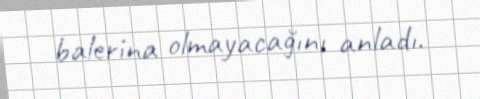
balerina olmayacağını anladı.